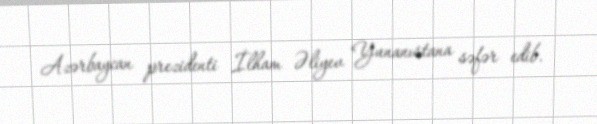
Azərbaycan prezidenti İlham Əliyev Yunanıstana səfər edib.